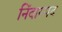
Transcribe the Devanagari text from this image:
निंदास्पद